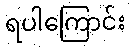
ရပါကြောင်း